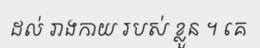
ដល់ រាងកាយ របស់ ខ្លួន ។ គេ